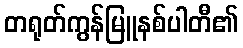
တရုတ်ကွန်မြူနစ်ပါတီ၏